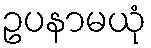
ဥပနာမယုံ